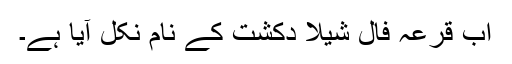
اب قرعہ فال شیلا دکشت کے نام نکل آیا ہے۔